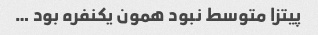
پیتزا متوسط نبود همون یکنفره بود …